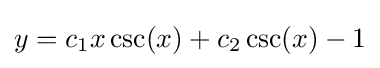
y=c_{1}x\csc(x)+c_{2}\csc(x)-1